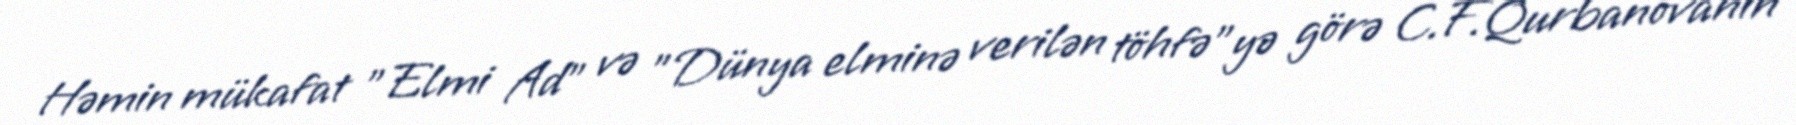
Həmin mükafat "Elmi Ad" və "Dünya elminə verilən töhfə"yə görə C.F.Qurbanovanın